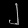
Digit: ၂